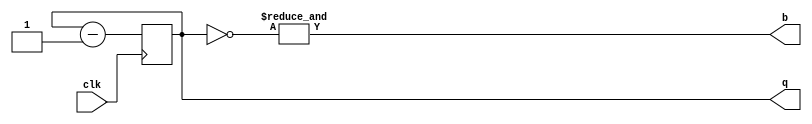
module counter(
    input clk,
    output [3:0] q,
    output b
);
    reg [3:0] q;
    always@(posedge clk)
        q<=q-1;
    assign b=&(~q);
endmodule